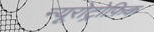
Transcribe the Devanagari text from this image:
न्यूरोट्रोफ़िक